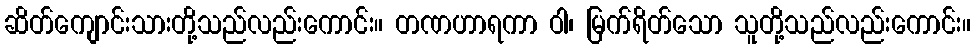
ဆိတ်ကျောင်းသားတို့သည်လည်းကောင်း။ တဏဟာရကာ ဝါ၊ မြက်ရိတ်သော သူတို့သည်လည်းကောင်း။